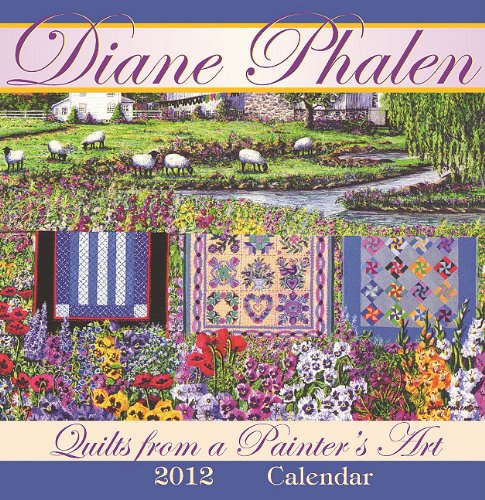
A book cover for Quilts from a Painter's Art 2012 Calendar; Diane Phalen; Calendars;